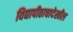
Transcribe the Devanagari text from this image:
विद्यापीठाचादेखील